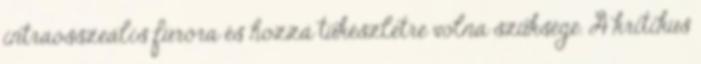
intraosszeális fúróra és hozzá tűkészletre volna szüksége. A kritikus